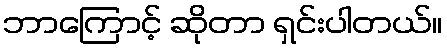
ဘာကြောင့် ဆိုတာ ရှင်းပါတယ်။